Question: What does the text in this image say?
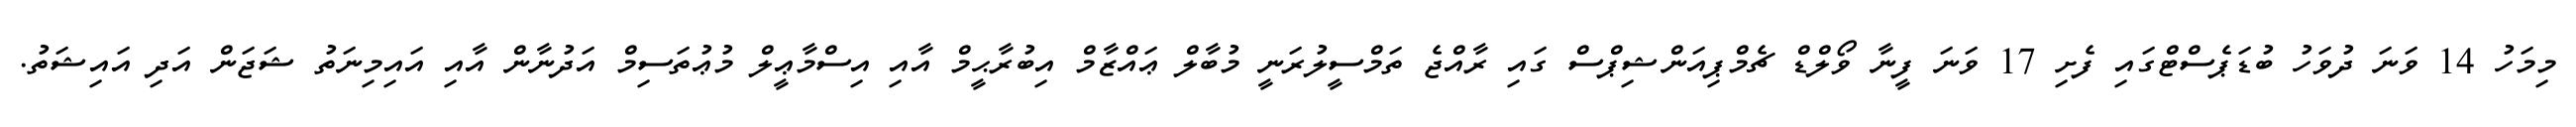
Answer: މިމަހު 14 ވަނަ ދުވަހު ބުޑަޕެސްޓްގައި ފެށި 17 ވަނަ ފީނާ ވޯލްޑް ޗެމްޕިއަންޝިޕްސް ގައި ރާއްޖެ ތަމްސީލުރަނީ މުބާލް ޢައްޒާމް އިބުރާޙީމް އާއި އިސްމާޢީލް މުޢުތަސިމް އަދުނާން އާއި އައިމިނަތު ޝަޖަން އަދި އައިޝަތު.